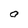
Character: O